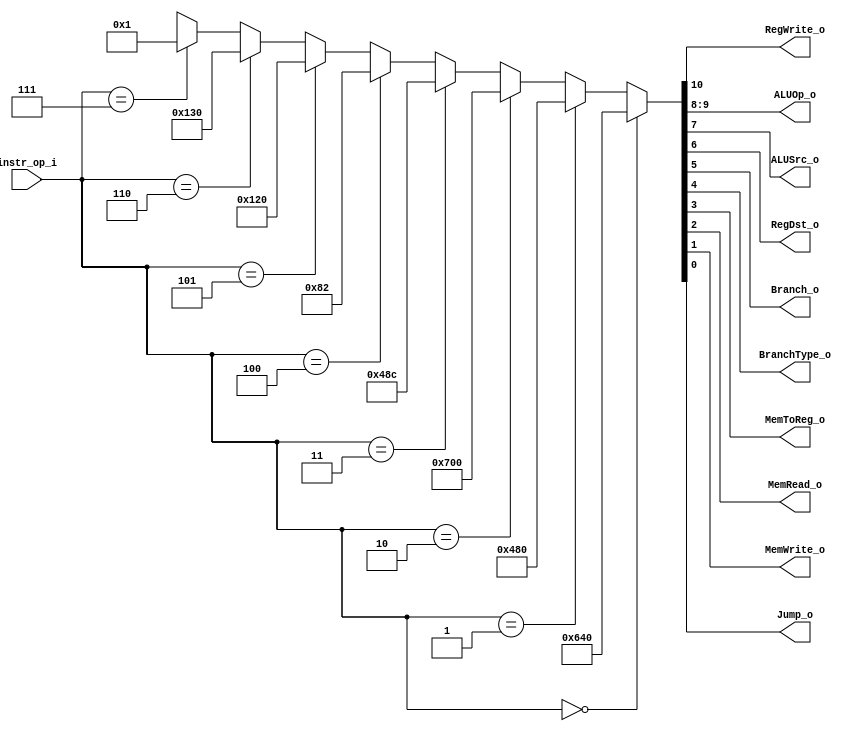
module Decoder( instr_op_i, RegWrite_o,	ALUOp_o, ALUSrc_o, RegDst_o, Branch_o, BranchType_o, MemToReg_o, MemRead_o, MemWrite_o, Jump_o );
     
//I/O ports
input	[3-1:0] instr_op_i;


output			RegWrite_o;
output	[2-1:0] ALUOp_o;
output			ALUSrc_o;
output	        RegDst_o;
output			Branch_o;
output			BranchType_o;
output			MemToReg_o;
output			MemRead_o;
output			MemWrite_o; 
output		    Jump_o;

//Internal Signals
wire			RegWrite_o;
wire	[2-1:0] ALUOp_o;
wire			ALUSrc_o;
wire	        RegDst_o;
wire			Branch_o;
wire			BranchType_o;
wire			MemToReg_o;
wire			MemRead_o;
wire			MemWrite_o; 
wire			Jump_o;

//Main function
assign { RegWrite_o , 
         ALUOp_o , 
         ALUSrc_o ,
          RegDst_o , 
          Branch_o , 
          BranchType_o , 
          MemToReg_o , 
          MemRead_o , 
          MemWrite_o , 
          Jump_o } =  ( instr_op_i == 3'b000 ) ? 11'b1_10_0_1_0_0_0_0_0_0 : // R-type
                      ( instr_op_i == 3'b001 ) ? 11'b1_00_1_0_0_0_0_0_0_0 : // addi
                      ( instr_op_i == 3'b010 ) ? 11'b1_11_0_0_0_0_0_0_0_0 : // lui
                      ( instr_op_i == 3'b011 ) ? 11'b1_00_1_0_0_0_1_1_0_0 : // lw
                      ( instr_op_i == 3'b100 ) ? 11'b0_00_1_0_0_0_0_0_1_0 : // sw
                      ( instr_op_i == 3'b101 ) ? 11'b0_01_0_0_1_0_0_0_0_0 : // beq
                      ( instr_op_i == 3'b110 ) ? 11'b0_01_0_0_1_1_0_0_0_0 : // bne
                      ( instr_op_i == 3'b111 ) ? 11'b0_00_0_0_0_0_0_0_0_1 : // jump
                      11'bxxxxxxxxxxx;
endmodule